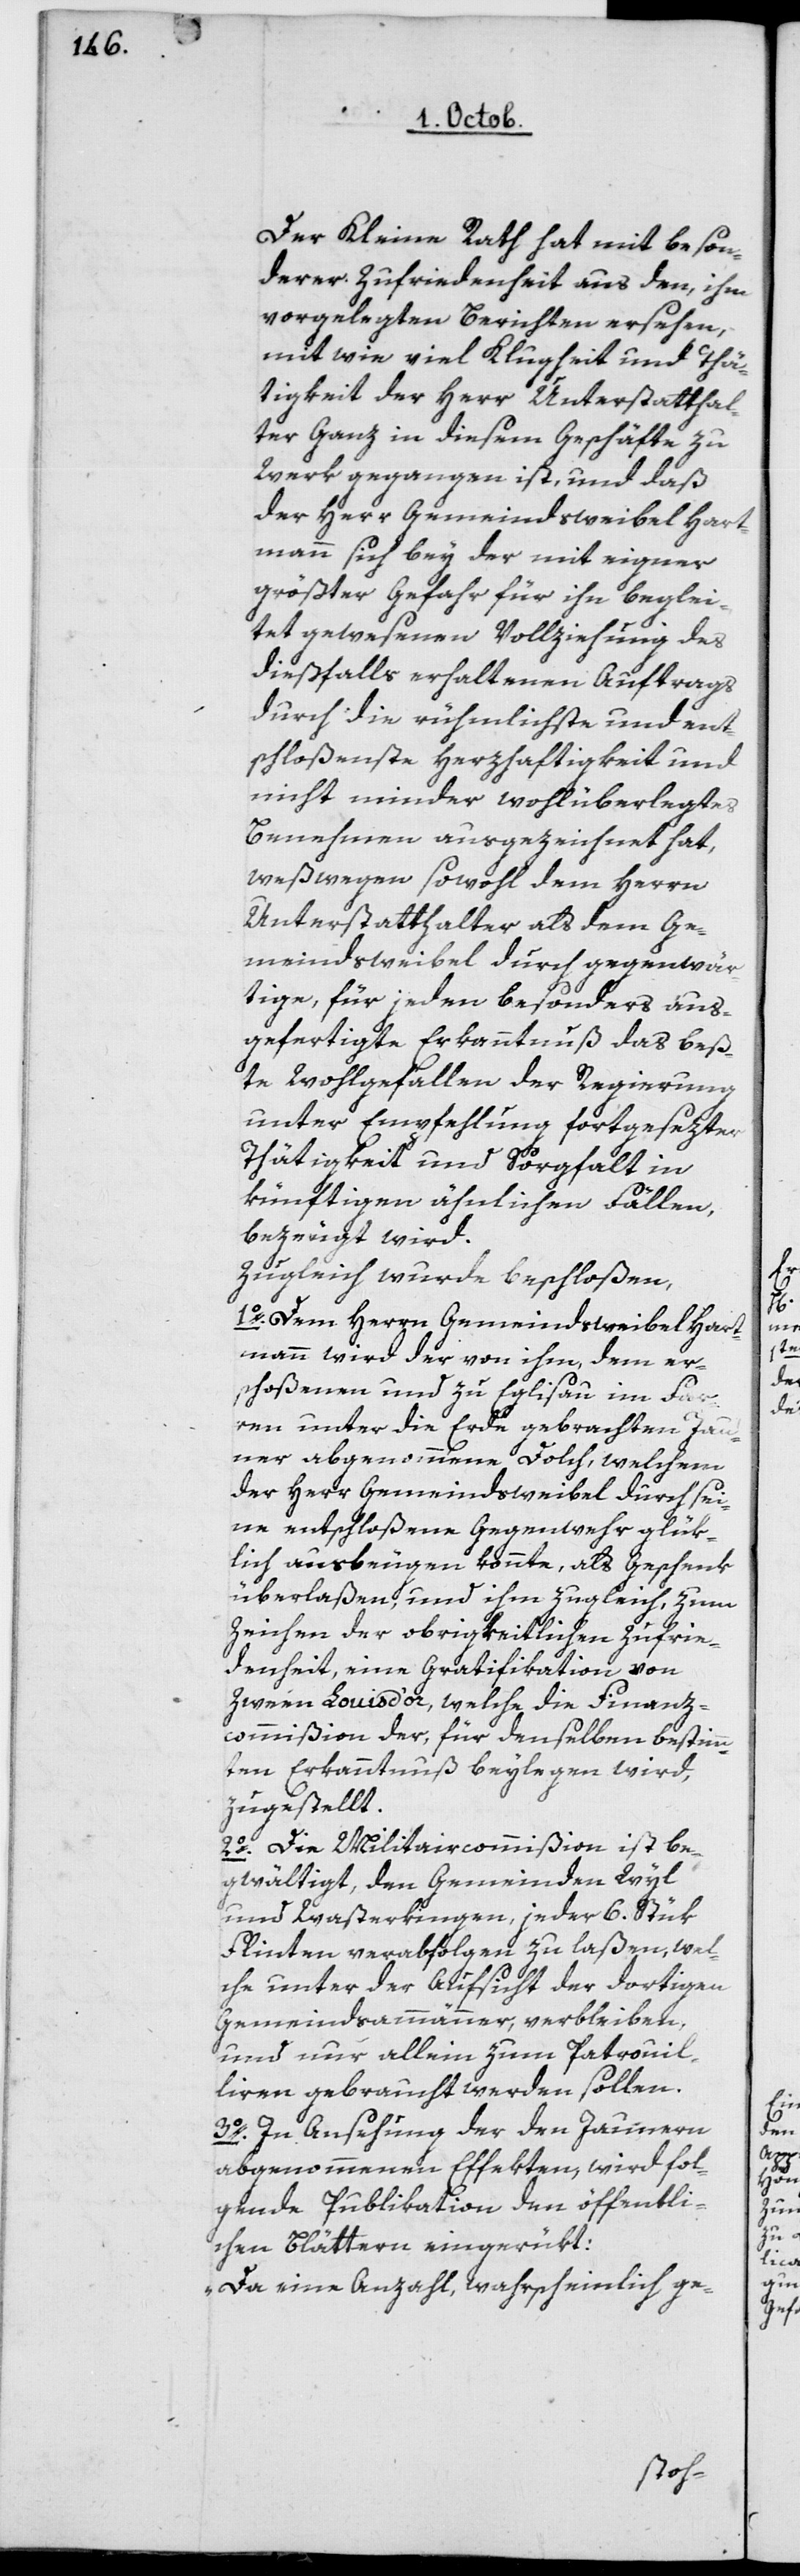
Der Kleine Rath hat mit beson¬
derer Zufriedenheit aus den, ihm
vorgelegten Berichten ersehen,
mit wie viel Klugheit und Thä¬
tigkeit der Herr Unterstatthal¬
ter Ganz in diesem Geschäfte zu
Werk gegangen ist, und daß
der Herr Gemeindsweibel Hart¬
mann sich bey der mit eigner
größter Gefahr für ihn beglei¬
tet gewesenen Vollziehung des
dießfalls erhaltenen Auftrags
durch die rühmlichste und ent¬
schloßenste Herzhaftigkeit und
nicht minder wohlüberlegtes
Benehmen ausgezeichnet hat,
weßwegen sowohl dem Herrn
Unterstatthalter als dem Ge¬
meindsweibel durch gegenwär¬
tige, für jeden besonders aus¬
gefertigte Erkanntnuß das beß¬
te Wohlgefallen der Regierung
unter Empfehlung fortgesezter
Thätigkeit und Sorgfalt in
künftigen ähnlichen Fällen,
bezeugt wird.
Zugleich wurde beschloßen:
1o Dem Herrn Gemeindsweibel Hart¬
mann wird der von ihm, dem er¬
schoßenen und zu Eglisau im Far¬
ren unter die Erde gebrachten Ja¬
uner abgenommene Dolch, welchem
der Herr Gemeindsweibel durch sei¬
ne entschloßene Gegenwehr glük¬
lich ausbeugen konnte, als Geschenk
überlaßen, und ihm zugleich zum
Zeichen der obrigkeitlichen Zufrie¬
denheit, eine Gratifikation von
zween Louis d’or, welche die Finanz¬
commißion der, für denselben bestimm¬
ten Erkanntnuß beylegen wird,
zugestellt.
2o Die Militaircommißion ist be¬
gwältigt, den Gemeinden Wyl
und Wasterkingen, jeder 6 Stük
Flinten verabfolgen zu laßen, wel¬
che unter der Absicht der dortigen
Gemeindsammänner, verbleiben,
und nur allein zum Patrouil¬
lieren gebraucht werden sollen.
3o In Ansehung der den Jaunern
abgenommenen Effekten, wird fol¬
gende Publikation den öffentli¬
chen Blättern eingerükt:
„Da eine Anzahl, wahrscheinlich ge-